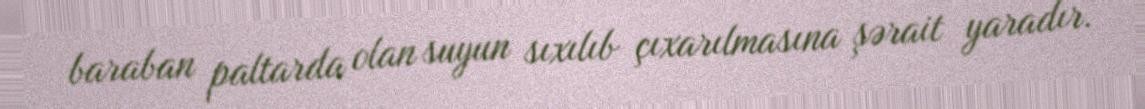
baraban paltarda olan suyun sıxılıb çıxarılmasına şərait yaradır.